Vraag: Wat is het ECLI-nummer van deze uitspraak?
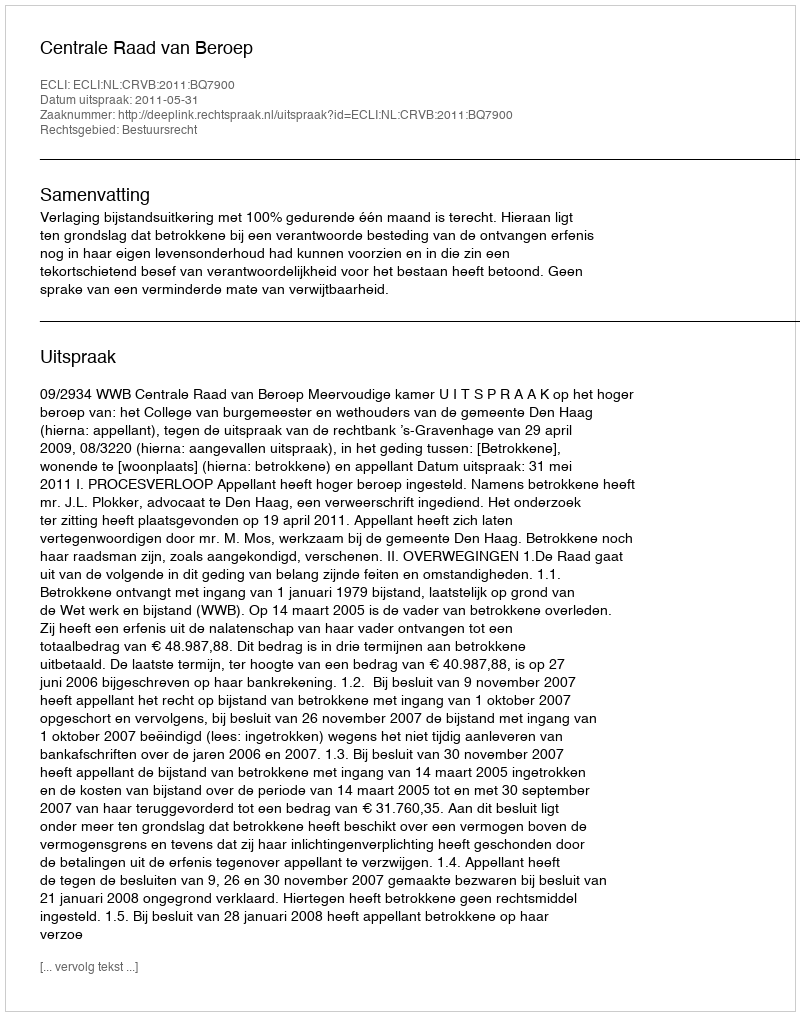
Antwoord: ECLI:NL:CRVB:2011:BQ7900